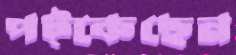
পট্‌কেছেন